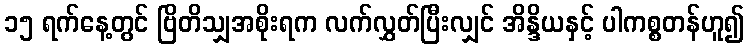
၁၅ ရက်နေ့တွင် ဗြိတိသျှအစိုးရက လက်လွှတ်ပြီးလျှင် အိန္ဒိယနှင့် ပါကစ္စတန်ဟူ၍